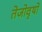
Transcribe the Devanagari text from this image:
तेजोवृषो